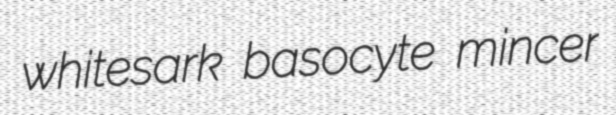
whitesark basocyte mincer